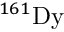
\ensuremath { ^ { 1 6 1 } } \mathrm { D y }